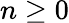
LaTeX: n\geq 0